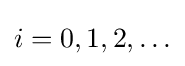
i=0,1,2,\ldots